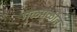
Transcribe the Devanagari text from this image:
गुळमुळीत